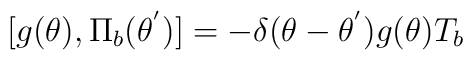
[g(\theta),{\Pi}_b({\theta}^{'})]=-{\delta}({\theta} - {\theta}^{'})g(\theta)T_b